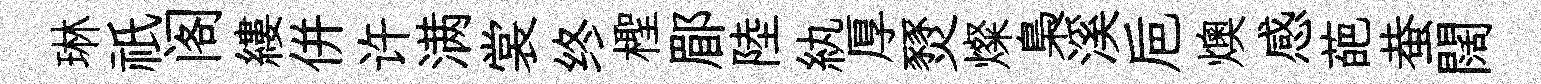
琳祇阁縷併许满裳终檉郿陸紈厚燹燦梟溪巵燠感葩蛬闊